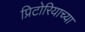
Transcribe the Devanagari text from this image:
प्रिटोरियाच्या